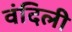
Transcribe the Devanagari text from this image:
वंदिली